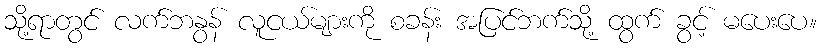
သို့ရာတွင် လက်ဘနွန် လူငယ်များကို စခန်း အပြင်ဘက်သို့ ထွက် ခွင့် မပေးပေ။